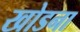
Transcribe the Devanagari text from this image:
खोडना